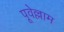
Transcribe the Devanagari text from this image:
पूवेल्लाम